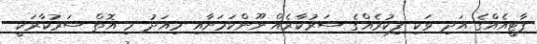
ޕާޓީއެއްގެ އަދި ވަކި ފިކުރެއްގެ ސަރުކާރެއް ނޫންކަމަށާއި މިއަދު މި އޮތް ސަރުކާރަކީ